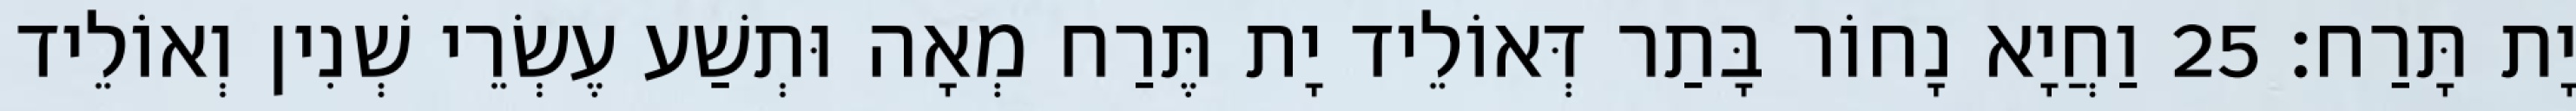
יָת תָּרַח׃ 25 וַחֲיָא נָחוֹר בָּתַר דְּאוֹלֵיד יָת תֶּרַח מְאָה וּתְשַׁע עֶשְׂרֵי שְׁנִין וְאוֹלֵיד